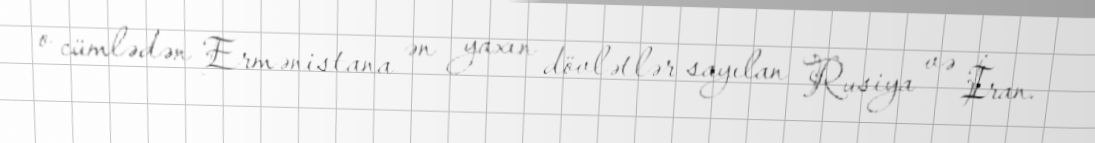
o cümlədən Ermənistana ən yaxın dövlətlər sayılan Rusiya və İran.